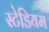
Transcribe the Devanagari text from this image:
स्‍टेडियम